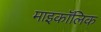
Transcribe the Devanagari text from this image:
माइकॉलिक